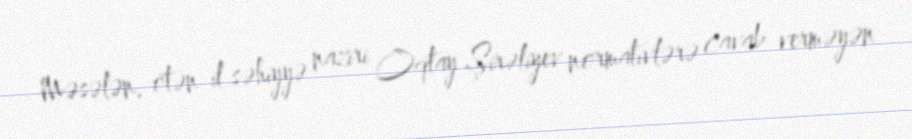
Məsələn, ötən il səhiyyə naziri Oqtay Şirəliyev normativlərə cavab verməyən